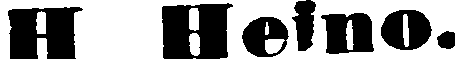
H Heino.